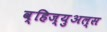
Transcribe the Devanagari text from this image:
व्हिज्युअल्स